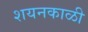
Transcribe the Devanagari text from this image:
शयनकाळी